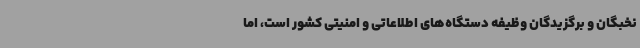
نخبگان و برگزیدگان وظیفه دستگاه‌های اطلاعاتی و امنیتی کشور است، اما